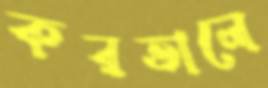
করতালে